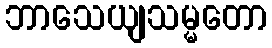
ဘာသေယျသမ္မတော